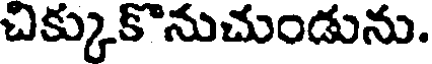
చిక్కుకొనుచుండును.